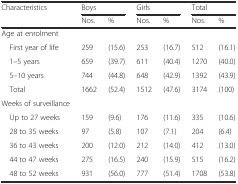
<table><thead><tr><td><b>Characteristics</b></td><td colspan="2"><b>Boys</b></td><td colspan="2"><b>Girls</b></td><td colspan="2"><b>Total</b></td></tr><tr><td></td><td><b>Nos.</b></td><td><b>%</b></td><td><b>Nos.</b></td><td><b>%</b></td><td><b>Nos.</b></td><td><b>%</b></td></tr></thead><tbody><tr><td>Age at enrolment</td><td></td><td></td><td></td><td></td><td></td><td></td></tr><tr><td> First year of life</td><td>259</td><td>(15.6)</td><td>253</td><td>(16.7)</td><td>512</td><td>(16.1)</td></tr><tr><td> 1–5 years</td><td>659</td><td>(39.7)</td><td>611</td><td>(40.4)</td><td>1270</td><td>(40.0)</td></tr><tr><td> 5–10 years</td><td>744</td><td>(44.8)</td><td>648</td><td>(42.9)</td><td>1392</td><td>(43.9)</td></tr><tr><td> Total</td><td>1662</td><td>(52.4)</td><td>1512</td><td>(47.6)</td><td>3174</td><td>(100)</td></tr><tr><td>Weeks of surveillance</td><td></td><td></td><td></td><td></td><td></td><td></td></tr><tr><td> Up to 27 weeks</td><td>159</td><td>(9.6)</td><td>176</td><td>(11.6)</td><td>335</td><td>(10.6)</td></tr><tr><td> 28 to 35 weeks</td><td>97</td><td>(5.8)</td><td>107</td><td>(7.1)</td><td>204</td><td>(6.4)</td></tr><tr><td> 36 to 43 weeks</td><td>200</td><td>(12.0)</td><td>212</td><td>(14.0)</td><td>412</td><td>(13.0)</td></tr><tr><td> 44 to 47 weeks</td><td>275</td><td>(16.5)</td><td>240</td><td>(15.9)</td><td>515</td><td>(16.2)</td></tr><tr><td> 48 to 52 weeks</td><td>931</td><td>(56.0)</td><td>777</td><td>(51.4)</td><td>1708</td><td>(53.8)</td></tr></tbody></table>